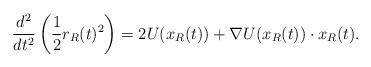
LaTeX: \begin{align*}\frac{d^2}{dt^2} \left(\frac{1}{2} r_R(t)^2\right) = 2 U(x_R(t)) + \nabla U(x_R(t)) \cdot x_R(t).\end{align*}